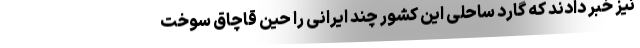
نیز خبر دادند که گارد ساحلی این کشور چند ایرانی را حین قاچاق سوخت